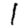
Digit: 1